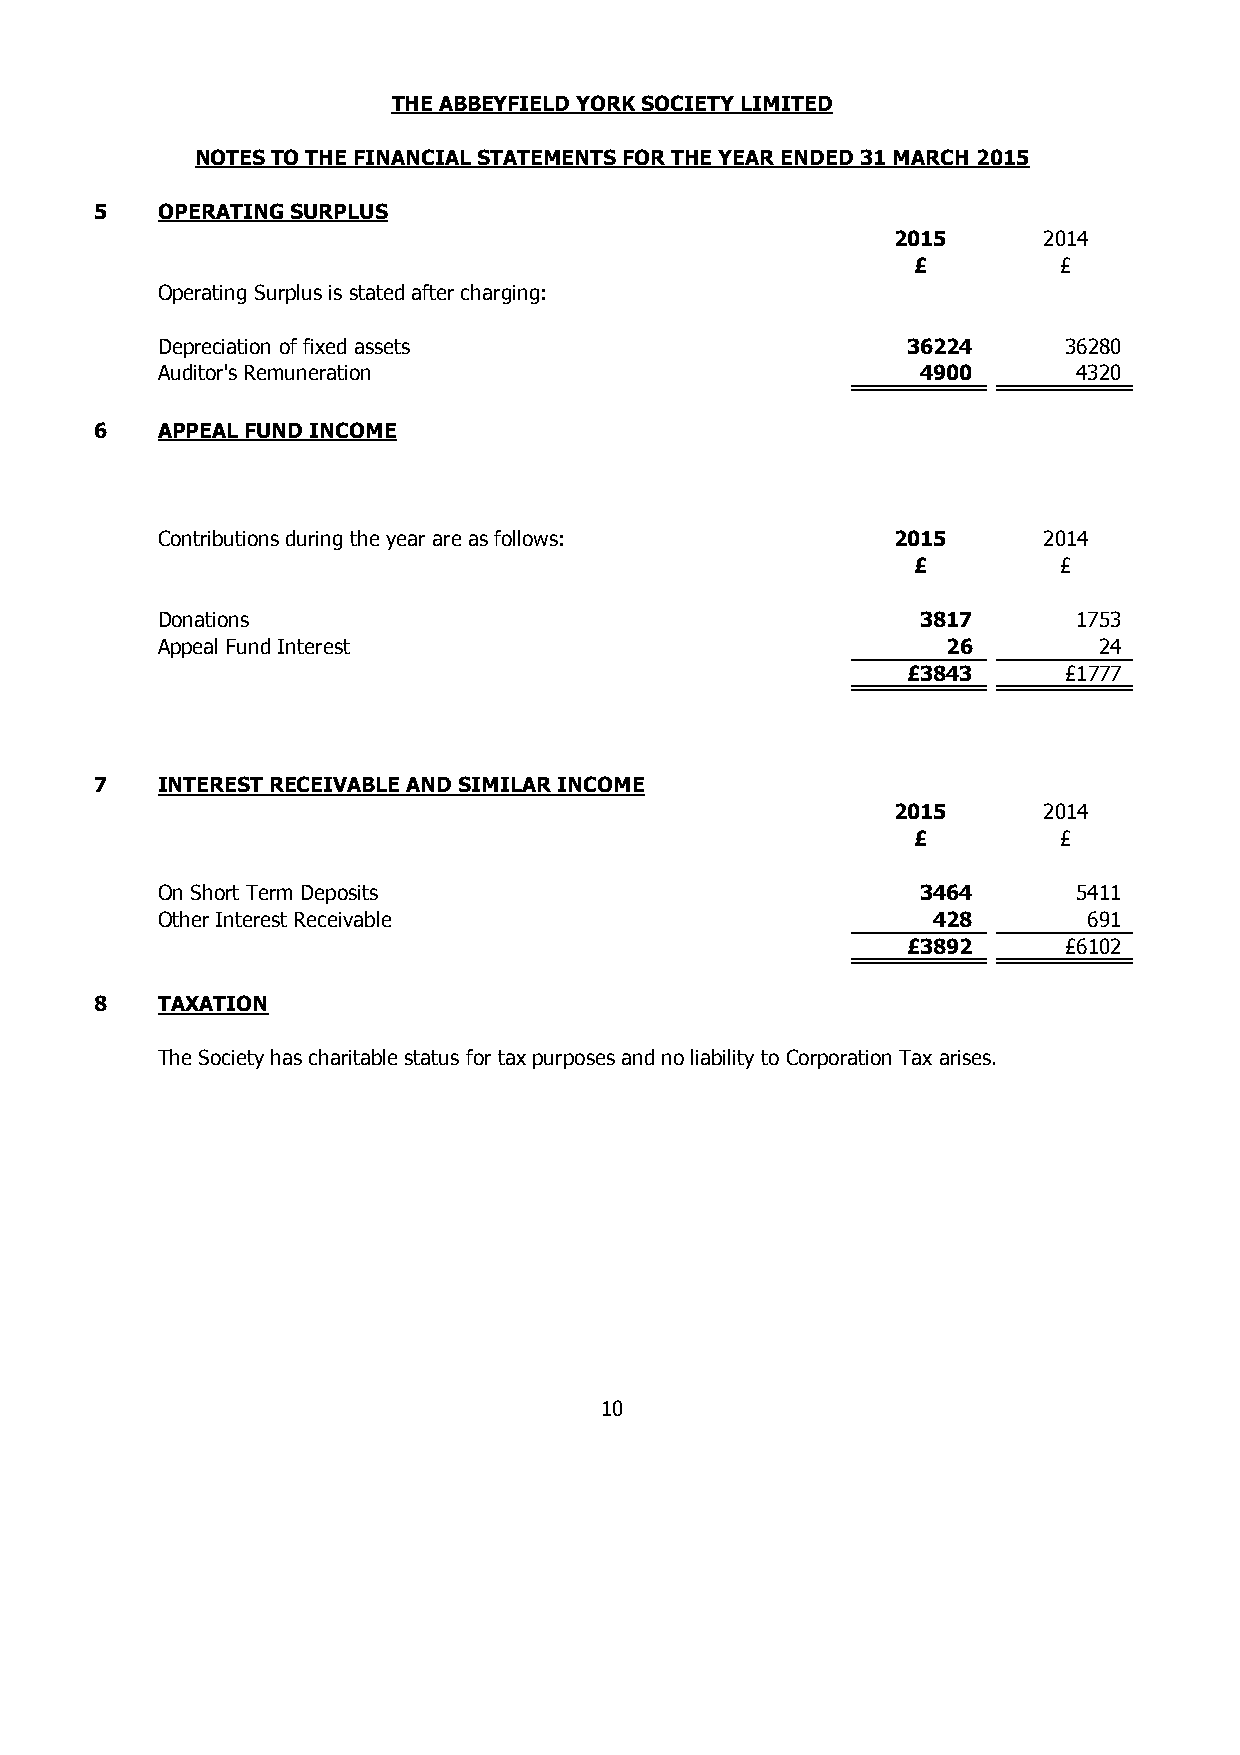
THE ABBEYFIELD YORK SOCIETY LIMITED
 NOTES TO THE FINANCIAL STATEMENTS FOR THE YEAR ENDED 31 MARCH 2015
 5   OPERATING SURPLUS
 2015      2014
 £         £
 Operating Surplus is stated after charging:
 Depreciation of fixed assets                      36224     36280
 Auditor's Remuneration                             4 900     4320
 6   APPEAL FUND INCOME
 Contributions during the year are as follows:    2015      2014
 £         £
 Donations                                          3 817     1753
 Appeal Fund Interest                                 26        24
 £3843     £1777
 7   INTEREST RECEIVABLE AND SIMILAR INCOME
 2015      2014
 £         £
 On Short Term Deposits                             3 464     5411
 Other Interest Receivable                           428       691
 £3892     £6102
 8   TAXATION
 The Society has charitable status for tax purposes and no liability to Corporation Tax arises.
 10